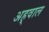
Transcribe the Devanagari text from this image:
अह्‌वाल